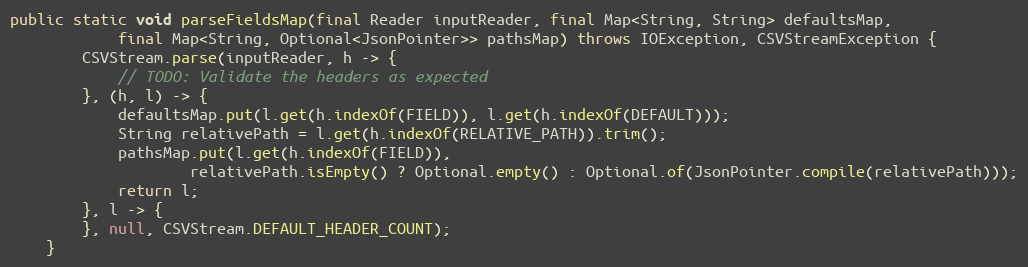
Language: Java
public static void parseFieldsMap(final Reader inputReader, final Map<String, String> defaultsMap,
			final Map<String, Optional<JsonPointer>> pathsMap) throws IOException, CSVStreamException {
		CSVStream.parse(inputReader, h -> {
			// TODO: Validate the headers as expected
		}, (h, l) -> {
			defaultsMap.put(l.get(h.indexOf(FIELD)), l.get(h.indexOf(DEFAULT)));
			String relativePath = l.get(h.indexOf(RELATIVE_PATH)).trim();
			pathsMap.put(l.get(h.indexOf(FIELD)),
					relativePath.isEmpty() ? Optional.empty() : Optional.of(JsonPointer.compile(relativePath)));
			return l;
		}, l -> {
		}, null, CSVStream.DEFAULT_HEADER_COUNT);
	}